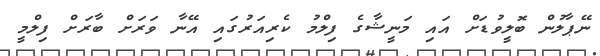
ނޭޕާލުން ބޮލީވުޑަށް އައި މަނީޝާގެ ފިލްމު ކެރިއަރުގައި އޭނާ ވަރަށް ބާރަށް ފިލްމީ